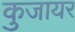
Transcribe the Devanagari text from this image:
कुजायर